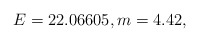
\begin{align*}E = 22.06605, m = 4.42,\end{align*}